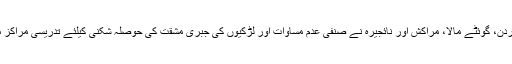
رپورٹ میں کہا گیا کہ پاکستان کے علاوہ اردن، گوئٹے مالا، مراکش اور نائجیرہ نے صنفی عدم مساوات اور لڑکیوں کی جبری مشقت کی حوصلہ شکنی کیلئے تدریسی مراکز میں ان کیلئے وظائف کی ادائیگی رکھی ہے۔